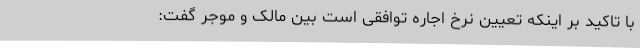
با تاکید بر اینکه تعیین نرخ اجاره توافقی است بین مالک و موجر گفت: